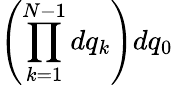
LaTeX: \left(\prod_{k=1}^{N-1}dq_{k}\right)dq_{0}